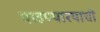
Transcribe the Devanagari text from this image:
पाहण्यारयाची